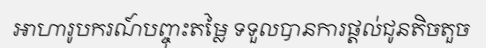
អាហារូបករណ៍បញ្ចុះតម្លៃ ទទួលបានការផ្តល់ជូនតិចតួច